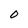
Character: 0